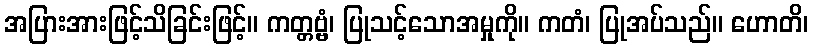
အပြားအားဖြင့်သိခြင်းဖြင့်။ ကတ္တဗ္ဗံ၊ ပြုသင့်သောအမှုကို။ ကတံ၊ ပြုအပ်သည်။ ဟောတိ၊